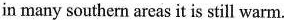
in many southern areas it is still warm.